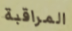
المراقبة